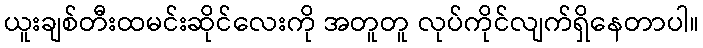
ယူးချစ်တီးထမင်းဆိုင်လေးကို အတူတူ လုပ်ကိုင်လျက်ရှိနေတာပါ။